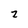
Character: z